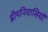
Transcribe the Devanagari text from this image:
द्वीपनिवासियों